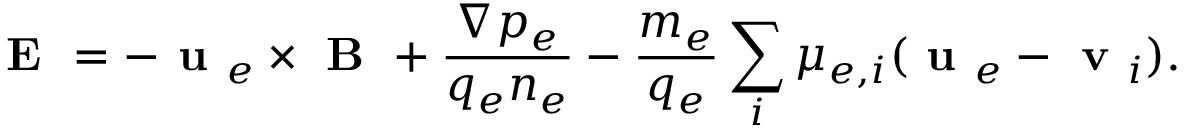
\textbf { E } = - \textbf { u } _ { e } \times \textbf { B } + \frac { \nabla p _ { e } } { q _ { e } n _ { e } } - \frac { m _ { e } } { q _ { e } } \sum _ { i } \mu _ { e , i } ( \textbf { u } _ { e } - \textbf { v } _ { i } ) .